Indian journal of veterinary science and animal husbandry - Volume 1,
Year: 1931
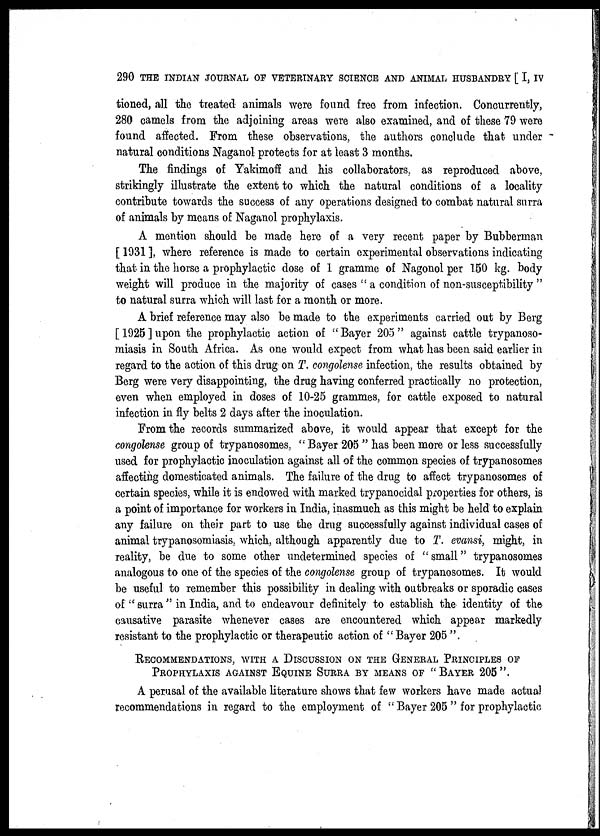
290 THE INDIAN JOURNAL OF VETERINARY SCIENCE AND ANIMAL HUSBANDRY [ I, IV
tioned, all the treated animals were found free from infection. Concurrently,
280 camels from the adjoining areas were also examined, and of these 79 were
found affected. From these observations, the authors conclude that under
natural conditions Naganol protects for at least 3 months.
The findings of Yakimoff and his collaborators, as reproduced above,
strikingly illustrate the extent to which the natural conditions of a locality
contribute towards the success of any operations designed to combat natural surra
of animals by means of Naganol prophylaxis.
A mention should be made here of a very recent paper by Bubberman
[ 1931 ], where reference is made to certain experimental observations indicating
that in the horse a prophylactic dose of 1 gramme of Nagonol per 150 kg. body
weight will produce in the majority of cases " a condition of non-susceptibility "
to natural surra which will last for a month or more.
A brief reference may also be made to the experiments carried out by Berg
[ 1925 ] upon the prophylactic action of " Bayer 205 " against cattle trypanoso-
miasis in South Africa. As one would expect from what has been said earlier in
regard to the action of this drug on T. congolense infection, the results obtained by
Berg were very disappointing, the drug having conferred practically no protection,
even when employed in doses of 10-25 grammes, for cattle exposed to natural
infection in fly belts 2 days after the inoculation.
From the records summarized above, it would appear that except for the
congolense group of trypanosomes, " Bayer 205 " has been more or less successfully
used for prophylactic inoculation against all of the common species of trypanosomes
affecting domesticated animals. The failure of the drug to affect trypanosomes of
certain species, while it is endowed with marked trypanocidal properties for others, is
a point of importance for workers in India, inasmuch as this might be held to explain
any failure on their part to use the drug successfully against individual cases of
animal trypanosomiasis, which, although apparently due to T. evansi, might, in
reality, be due to some other undetermined species of "small" trypanosomes
analogous to one of the species of the congolense group of trypanosomes. It would
be useful to remember this possibility in dealing with outbreaks or sporadic cases
of " surra " in India, and to endeavour definitely to establish the identity of the
causative parasite whenever cases are encountered which appear markedly
resistant to the prophylactic or therapeutic action of " Bayer 205 ".
RECOMMENDATIONS, WITH A DISCUSSION ON
PROPHYLAXIS AGAINST EQUINE SURRA BY ME
A perusal of the available literature shows that few workers have made actual
recommendations in regard to the employment of "Bayer 205 " for prophylactic